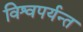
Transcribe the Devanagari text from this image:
विश्वपर्यन्त